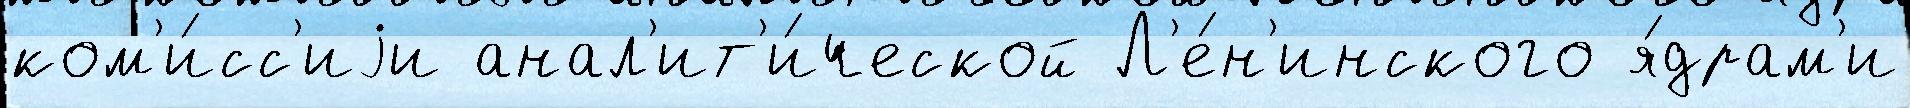
ком'и́сс'иjи анал'ит'и́ческой Л'е́н'инского я́драм'и